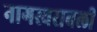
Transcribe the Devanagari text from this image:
नागस्वरावली